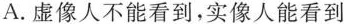
A.虚像人不能看到，实像人能看到